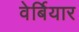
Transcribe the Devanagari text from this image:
वेर्बियार